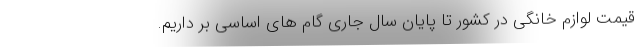
قیمت لوازم خانگی در کشور تا پایان سال جاری گام های اساسی بر داریم.